Manual of the Civil Veterinary Department, Central Provinces and Berar
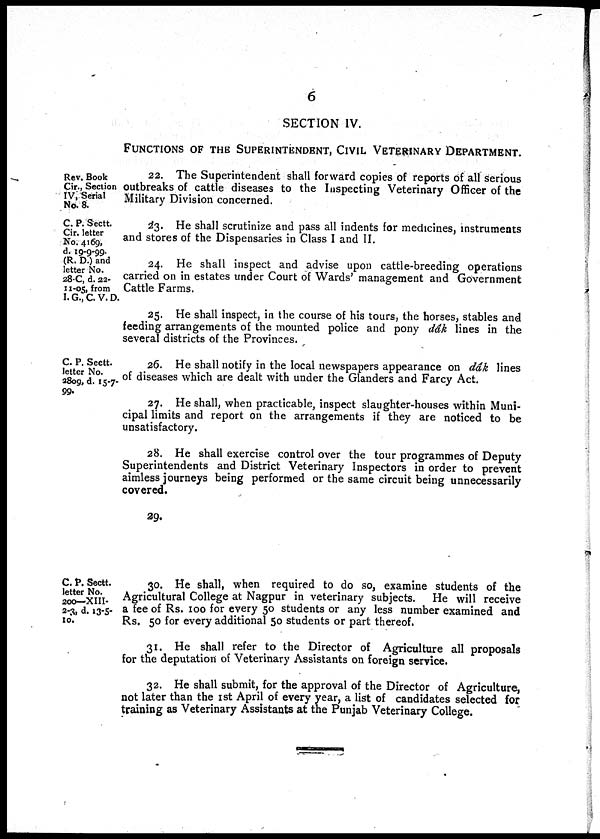
6
SECTION IV.
FUNCTIONS OF THE SUPERINTENDENT, CIVIL VETERINARY DEPARTMENT.
Rev. Book
Cir., Section
IV, Serial
No. 8.
22. The Superintendent shall forward copies of reports of all serious
outbreaks of cattle diseases to the Inspecting Veterinary Officer of the
Military Division concerned.
C. P. Sectt.
Cir. letter
No. 4169,
d. 19-9-99.
(R. D.) and
letter No.
28-C, d. 22-
11-05, from
I. G., C. V. D.
23. He shall scrutinize and pass all indents for medicines, instruments
and stores of the Dispensaries in Class I and II.
24. He shall inspect and advise upon cattle-breeding operations
carried on in estates under Court of Wards' management and Government
Cattle Farms.
25. He shall inspect, in the course of his tours, the horses, stables and
feeding arrangements of the mounted police and pony dâk lines in the
several districts of the Provinces.
C. P. Sectt.
letter No.
2809, d. 15-7-
99.
26. He shall notify in the local newspapers appearance on dâk lines
of diseases which are dealt with under the Glanders and Farcy Act.
27. He shall, when practicable, inspect slaughter-houses within Muni-
cipal limits and report on the arrangements if they are noticed to be
unsatisfactory.
28. He shall exercise control over the tour programmes of Deputy
Superintendents and District Veterinary Inspectors in order to prevent
aimless journeys being performed or the same circuit being unnecessarily
covered.
29.
C. P. Sectt.
letter No.
200— XIII-
2-3, d. 13-5-
10.
30. He shall, when required to do so, examine students of the
Agricultural College at Nagpur in veterinary subjects.
He will receive
a fee of Rs. 100 for every 50 students or any less number examined and
Rs. 50 for every additional 50 students or part thereof.
31. He shall refer to the Director of Agriculture all proposals
for the deputation of Veterinary Assistants on foreign service.
32. He shall submit, for the approval of the Director of Agriculture,
not later than the 1st April of every year, a list of candidates selected for
training as Veterinary Assistants at the Punjab Veterinary College.